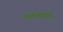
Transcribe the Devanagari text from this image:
उत्तरापंथे